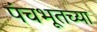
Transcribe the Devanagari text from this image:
पंचभूतच्या